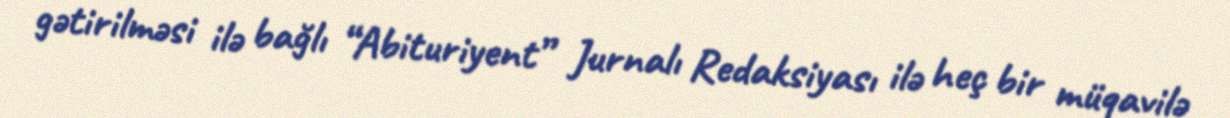
gətirilməsi ilə bağlı “Abituriyent” Jurnalı Redaksiyası ilə heç bir müqavilə